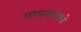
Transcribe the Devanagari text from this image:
गायनावरचे